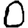
Digit: 0